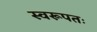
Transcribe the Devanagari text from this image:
स्वरूपतः